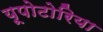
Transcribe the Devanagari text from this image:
यूपोटोरिया